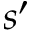
s ^ { \prime }